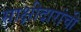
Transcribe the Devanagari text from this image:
साक्षीदारांची